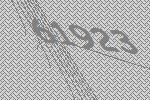
61923